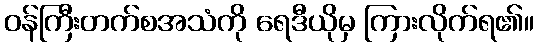
ဝန်ကြီးတက်စအသံကို ရေဒီယိုမှ ကြားလိုက်ရ၏။